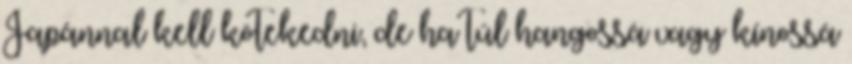
Japánnal kell kötekedni, de ha túl hangossá vagy kínossá